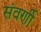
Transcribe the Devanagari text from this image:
संवर्णी